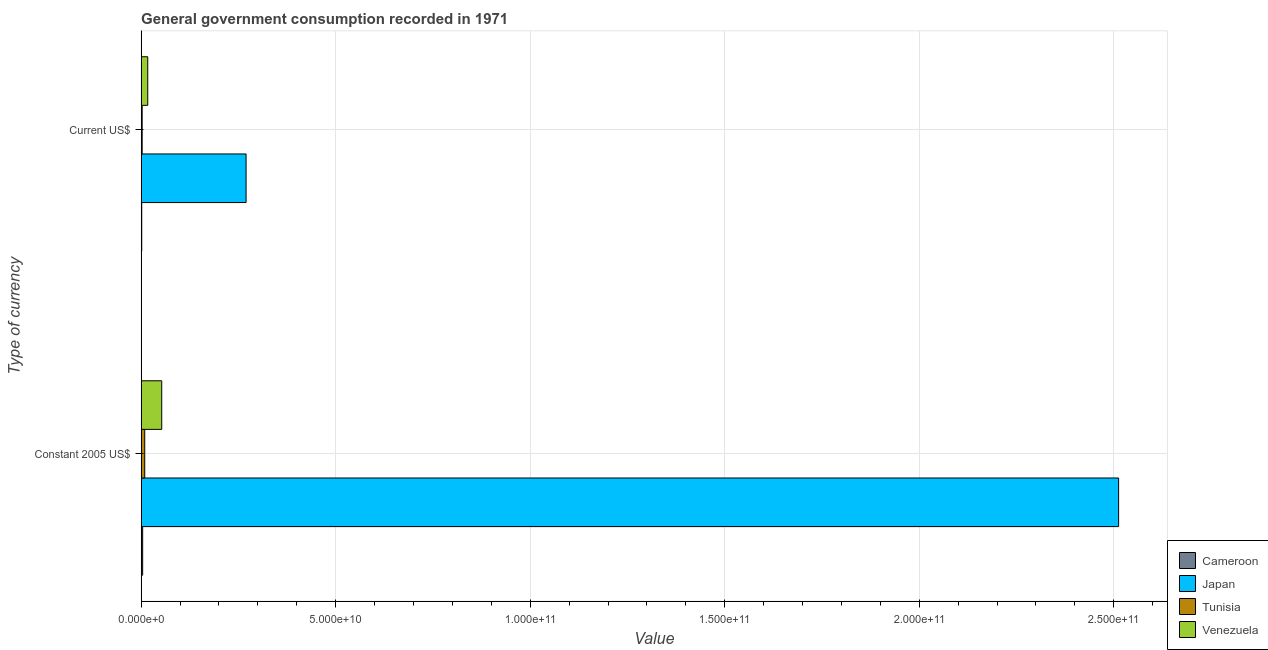
| Type of currency | Cameroon | Japan | Tunisia | Venezuela |
 | --- | --- | --- | --- | --- |
 | Constant 2005 US$ | 3.87e+08 | 2.51e+11 | 9.24e+08 | 5.29e+09 |
 | Current US$ | 1.5e+08 | 2.7e+10 | 2.64e+08 | 1.7e+09 |